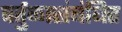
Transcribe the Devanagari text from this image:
वर्तुळासंबंधित